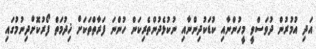
އަދި އުމުރުން ދުވަސްވީ މީހުންނާއި ކުޑަކުދިންނާއި ނުކުޅެދުންތެރިކަން ހުންނަ ފަރާތްތަކަށް ޚިދުމަތް ފޯރުކޮށްދިނުމުގައި